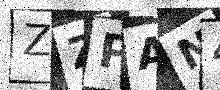
Text: ZZPAN4